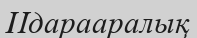
Идарааралық